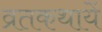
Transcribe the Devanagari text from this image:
व्रतकथायें